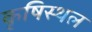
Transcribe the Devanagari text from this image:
कृषिस्थल